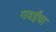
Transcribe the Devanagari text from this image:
गवईंचा